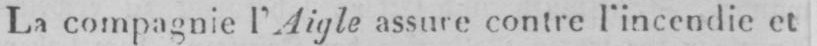
La compagnie l’Aigle assure contre l’incendie et